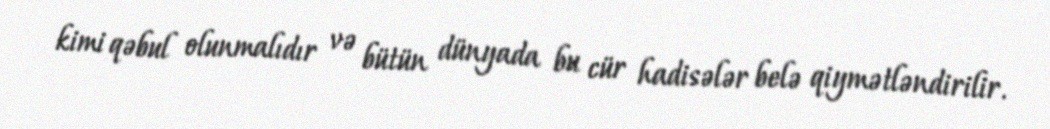
kimi qəbul olunmalıdır və bütün dünyada bu cür hadisələr belə qiymətləndirilir.